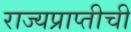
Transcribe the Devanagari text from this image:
राज्यप्राप्तीची